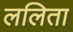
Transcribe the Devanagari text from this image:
ललिता